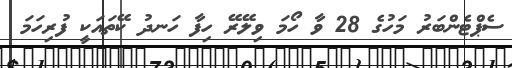
ސެޕްޓެންބަރު މަހުގެ 28 ވާ ހޯމަ ވިލޭރޭ ހިފާ ހަނދު ކޭތައަކީ ފުރިހަމަ